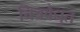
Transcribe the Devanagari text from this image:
चित्रवैद्युत